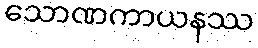
သောဏကာယနဿ